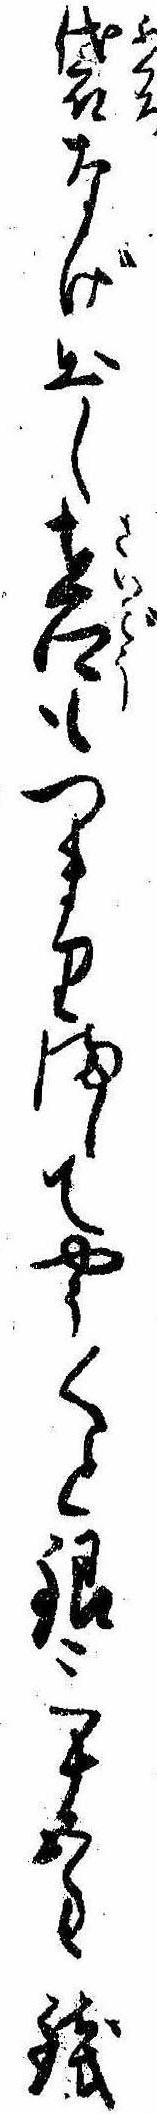
袋なげ出し在郷もつまりましてやう〱と銀三十五匁銭